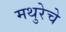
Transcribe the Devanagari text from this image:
मथुरेचे